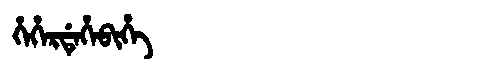
Manchu: ᡥᡝᡥᡝᡵᡩᡝᡥᡝᠪᡳᡥᡝ
Romanization: HEHERDEHEBIHE